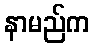
နာမည်က